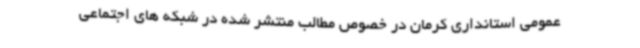
عمومی استانداری کرمان در خصوص مطالب منتشر شده در شبکه های اجتماعی